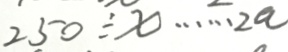
2 5 0 \div x \cdots 2 a